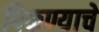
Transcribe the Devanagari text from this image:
पिकण्याचे